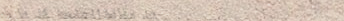
محل بقالة العثيم: كل ما ت